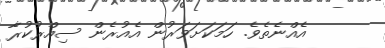
އެއްނެތެވެ. ހަމަކަށަވަރުން އެއުރެން ސިއްރުކުރާ